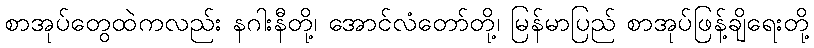
စာအုပ်တွေထဲကလည်း နဂါးနီတို့၊ အောင်လံတော်တို့၊ မြန်မာပြည် စာအုပ်ဖြန့်ချိရေးတို့